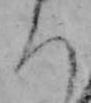
ち